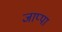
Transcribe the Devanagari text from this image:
जाप्पा